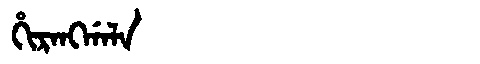
Manchu: ᡥᡳᡵᠠᠩᡤᠠᠯᠠ
Romanization: HIRANGGALA